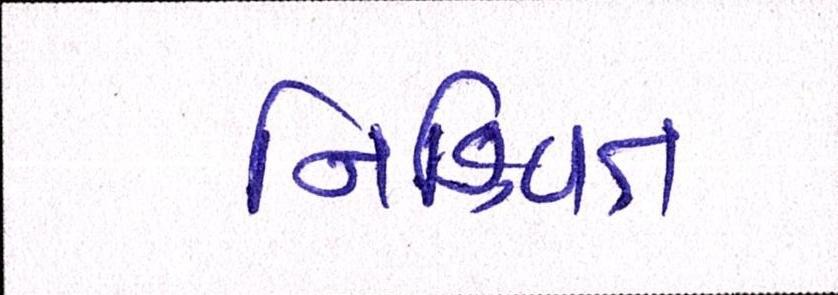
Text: નિશ્ચિત